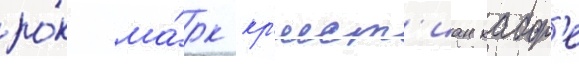
ро́к ма́рк кр'ист'иан кабор'е